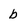
Character: b